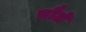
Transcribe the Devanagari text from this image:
चौले